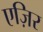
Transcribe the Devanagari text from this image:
एज़िर